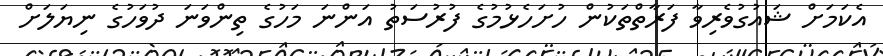
އެކަމަށް ޝައުގުވެރިވާ ފަރާތްތަކުން ހުށަހެޅުމުގެ ފުރުސަތު އަންނަ މަހުގެ ތިންވަނަ ދުވަހުގެ ނިޔަލަށް